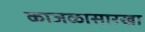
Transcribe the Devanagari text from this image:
काजळासारखा